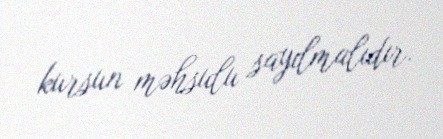
kursun məhsulu sayılmalıdır.